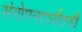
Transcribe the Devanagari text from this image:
संगोपनापर्यंतची